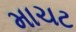
માચટ